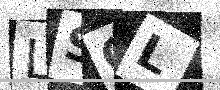
Text: LSGL